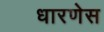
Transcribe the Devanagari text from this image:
धारणेस